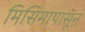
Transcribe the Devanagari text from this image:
मिसिमापासून